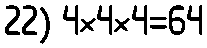
22) 4×4×4=64